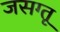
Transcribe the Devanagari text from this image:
जसग्तू